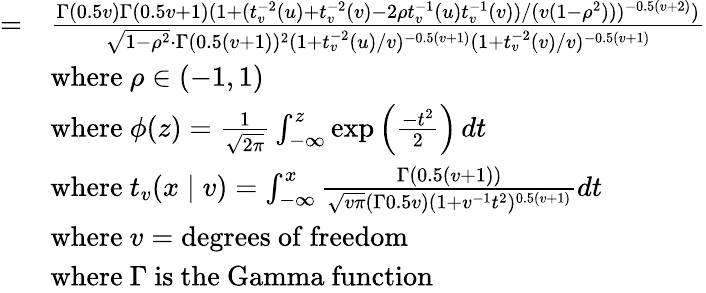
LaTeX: {\begin{array}{rl}{=}&{{\frac{\Gamma(0.5v)\Gamma(0.5v+1)(1+(t_{v}^{-2}(u)+t_{v}^{-2}(v)-2\rho t_{v}^{-1}(u)t_{v}^{-1}(v))/(v(1-\rho^{2})))^{-0.5(v+2)})}{{\sqrt{1-\rho^{2}}}\cdot\Gamma(0.5(v+1))^{2}(1+t_{v}^{-2}(u)/v)^{-0.5(v+1)}(1+t_{v}^{-2}(v)/v)^{-0.5(v+1)}}}}\\ &{{\mathrm{where~}}\rho\in(-1,1)}\\ &{{\mathrm{where~}}\phi(z)={\frac{1}{\sqrt{2\pi}}}\int_{-\infty}^{z}\exp\left({\frac{-t^{2}}{2}}\right)\, dt}\\ &{{\mathrm{where~}}t_{v}(x\mid v)=\int_{-\infty}^{x}{\frac{\Gamma{(0.5(v+1))}}{{\sqrt{v\pi}}(\Gamma{0.5v})(1+v^{-1}t^{2})^{0.5(v+1)}}}dt}\\ &{{\mathrm{where~}}v={\mathrm{degrees~of~freedom}}}\\ &{{\mathrm{where~}}\Gamma{\mathrm{~is~the~Gamma~function}}}\end{array}}